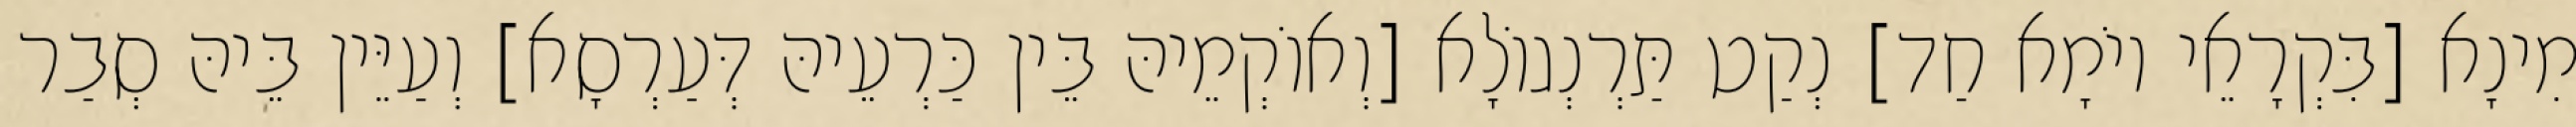
מִינָא [בִּקְרָאֵי יוֹמָא חַד] נְקַט תַּרְנְגוֹלָא [וְאוֹקְמֵיהּ בֵּין כַּרְעֵיהּ דְּעַרְסָא] וְעַיֵּין בֵּיהּ סְבַר